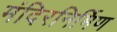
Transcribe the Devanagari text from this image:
मंदिरनिर्मिण